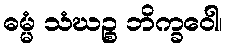
ဓမ္မံ သံဃဉ္စ ဘိက္ခဝေါ၊